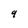
Character: 9